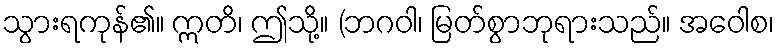
သွားရကုန်၏။ ဣတိ၊ ဤသို့။ (ဘဂဝါ၊ မြတ်စွာဘုရားသည်။ အဝေါစ၊